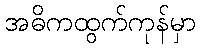
အဓိကထွက်ကုန်မှာ